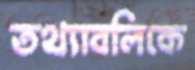
তথ্যাবলিকে